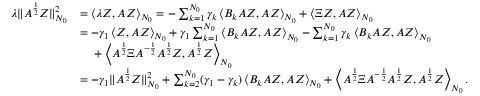
\begin{array} { r l } { \lambda \| A ^ { \frac { 1 } { 2 } } Z \| _ { N _ { 0 } } ^ { 2 } } & { = \left< \lambda Z , A Z \right> _ { N _ { 0 } } = - \sum _ { k = 1 } ^ { N _ { 0 } } \gamma _ { k } \left< B _ { k } A Z , A Z \right> _ { N _ { 0 } } + \left< \Xi Z , A Z \right> _ { N _ { 0 } } } \\ & { = - \gamma _ { 1 } \left< Z , A Z \right> _ { N _ { 0 } } + \gamma _ { 1 } \sum _ { k = 1 } ^ { N _ { 0 } } \left< B _ { k } A Z , A Z \right> _ { N _ { 0 } } - \sum _ { k = 1 } ^ { N _ { 0 } } \gamma _ { k } \left< B _ { k } A Z , A Z \right> _ { N _ { 0 } } } \\ & { \phantom { = } \; + \left< A ^ { \frac { 1 } { 2 } } \Xi A ^ { - \frac { 1 } { 2 } } A ^ { \frac { 1 } { 2 } } Z , A ^ { \frac { 1 } { 2 } } Z \right> _ { N _ { 0 } } } \\ & { = - \gamma _ { 1 } \| A ^ { \frac { 1 } { 2 } } Z \| _ { N _ { 0 } } ^ { 2 } + \sum _ { k = 2 } ^ { N _ { 0 } } ( \gamma _ { 1 } - \gamma _ { k } ) \left< B _ { k } A Z , A Z \right> _ { N _ { 0 } } + \left< A ^ { \frac { 1 } { 2 } } \Xi A ^ { - \frac { 1 } { 2 } } A ^ { \frac { 1 } { 2 } } Z , A ^ { \frac { 1 } { 2 } } Z \right> _ { N _ { 0 } } . } \end{array}